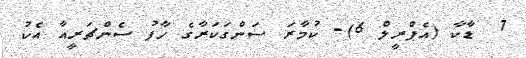
7  ޑާކާ (އެޕްރީލް 6)- ކުމާރަ ސަންގަކަރާގެ ހާފު ސެންޗަރީއާ އެކު